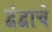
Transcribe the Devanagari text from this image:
द्वंद्वाचे